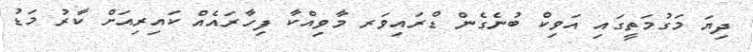
ދިޔަ މަގުމަތީގައި އަވިކް ބުނެގެން ޑްރައިވަރ މާވިއްކާ ފިހާރައެއް ކައިރިއަށް ކާރު މަޑު